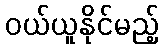
ဝယ်ယူနိုင်မည့်